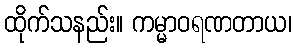
ထိုက်သနည်း။ ကမ္မာဝရဏတာယ၊